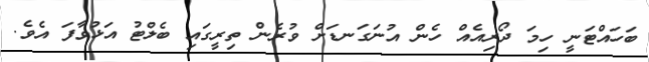
ބަހައްޓަނީ ހިމަ ދޯރިއެއް ހެން އުނަގަނޑަށް ވުރެން ތިރީގައި ބެލްޓު އަޅުވާފަ އެވެ.